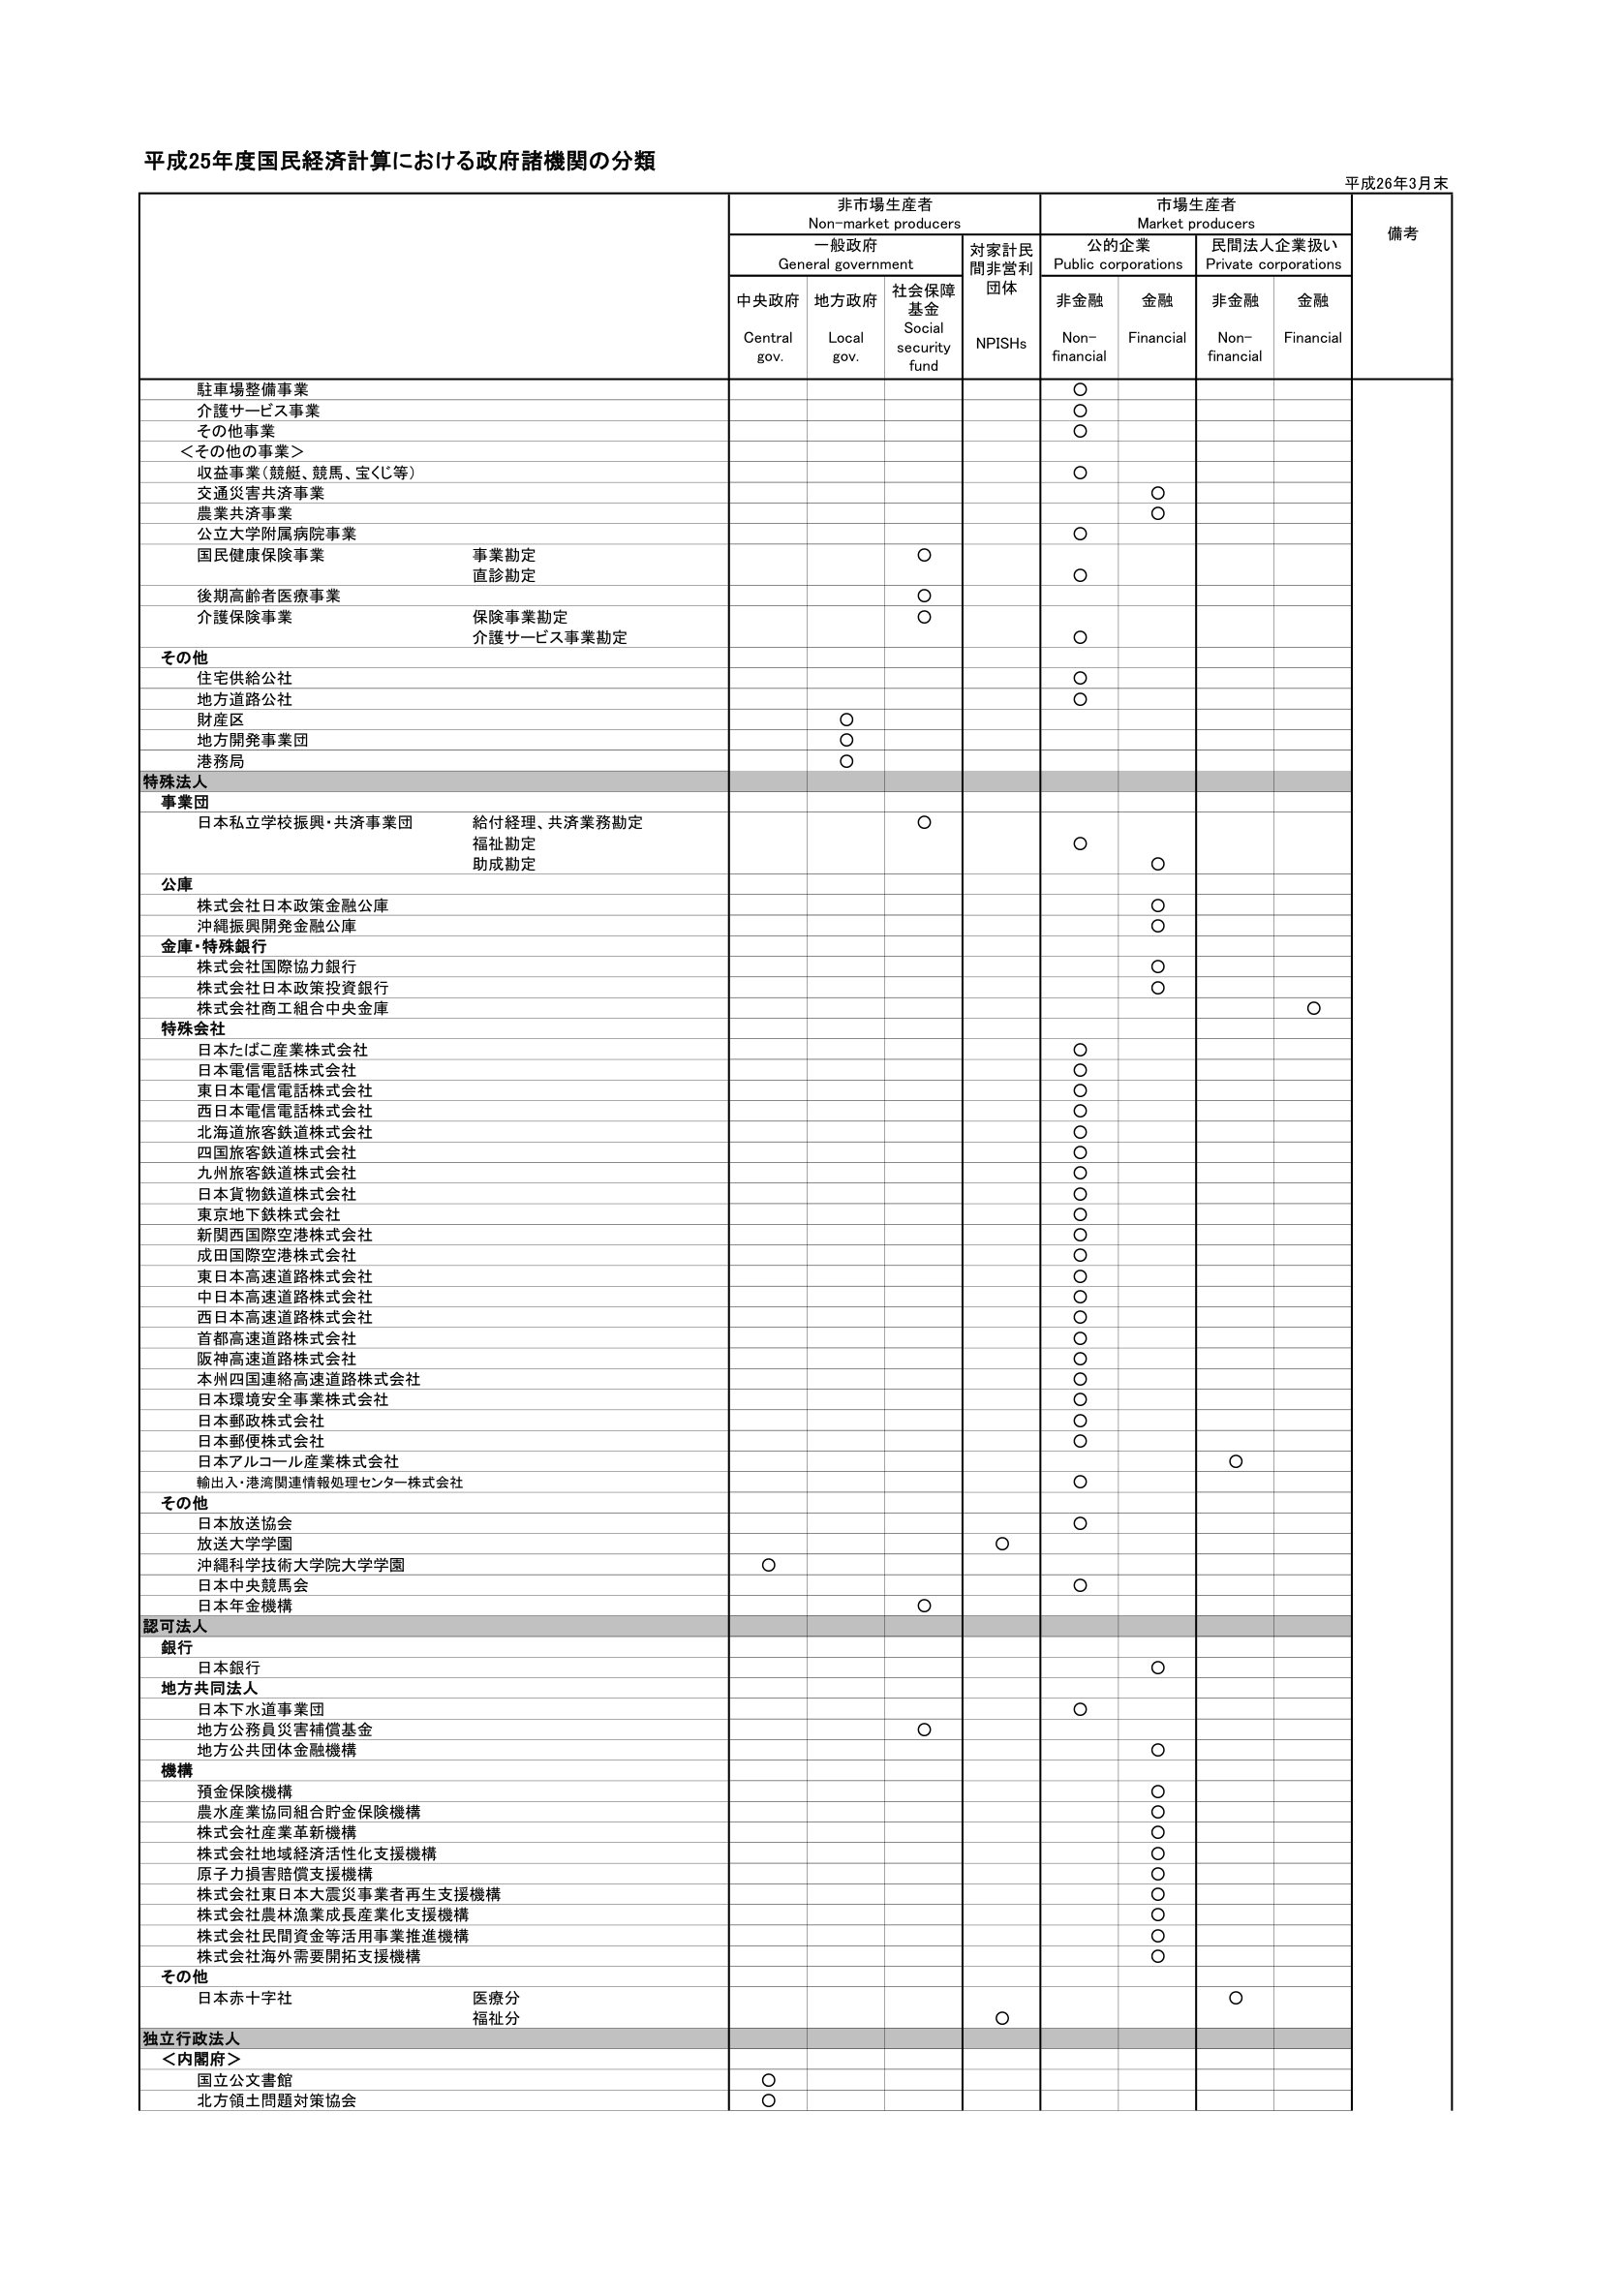
平成25年度国民経済計算における政府諸機関の分類

平成26年3月末

非市場生産者
Non-market producers

市場生産者
Market producers

備考

一般政府
General government

対家計民間非営利団体
NPISHs

公的企業
Public corporations

民間法人企業扱い
Private corporations

中央政府
Central gov.

地方政府
Local gov.

社会保障基金
Social security fund

非金融
Non-financial

金融
Financial

非金融
Non-financial

金融
Financial

駐車場整備事業

○

介護サービス事業

○

その他事業

○

＜その他の事業＞

収益事業（競艇、競馬、宝くじ等）

○

交通災害共済事業

○

農業共済事業

○

公立大学附属病院事業

○

国民健康保険事業
事業勘定
直診勘定

○

○

後期高齢者医療事業

○

介護保険事業
保険事業勘定
介護サービス事業勘定

○

○

その他

住宅供給公社

○

地方道路公社

○

財産区

○

地方開発事業団

○

港務局

○

特殊法人

事業団

日本私立学校振興・共済事業団
給付経理、共済業務勘定
福祉勘定
助成勘定

○

○

○

公庫

株式会社日本政策金融公庫

○

沖縄振興開発金融公庫

○

金庫・特殊銀行

株式会社国際協力銀行

○

株式会社日本政策投資銀行

○

株式会社商工組合中央金庫

○

特殊会社

日本たばこ産業株式会社

○

日本電信電話株式会社

○

東日本電信電話株式会社

○

西日本電信電話株式会社

○

北海道旅客鉄道株式会社

○

四国旅客鉄道株式会社

○

九州旅客鉄道株式会社

○

日本貨物鉄道株式会社

○

東京地下鉄株式会社

○

新関西国際空港株式会社

○

成田国際空港株式会社

○

東日本高速道路株式会社

○

中日本高速道路株式会社

○

西日本高速道路株式会社

○

首都高速道路株式会社

○

阪神高速道路株式会社

○

本州四国連絡高速道路株式会社

○

日本環境安全事業株式会社

○

日本郵政株式会社

○

日本郵便株式会社

○

日本アルコール産業株式会社

○

輸出入・港湾関連情報処理センター株式会社

○

その他

日本放送協会

○

放送大学学園

○

沖縄科学技術大学院大学学園

○

日本中央競馬会

○

日本年金機構

○

認可法人

銀行

日本銀行

○

地方共同法人

日本下水道事業団

○

地方公務員災害補償基金

○

地方公共団体金融機構

○

機構

預金保険機構

○

農水産業協同組合貯金保険機構

○

株式会社産業革新機構

○

株式会社地域経済活性化支援機構

○

原子力損害賠償支援機構

○

株式会社東日本大震災事業者再生支援機構

○

株式会社農林漁業成長産業化支援機構

○

株式会社民間資金等活用事業推進機構

○

株式会社海外需要開拓支援機構

○

その他

日本赤十字社
医療分
福祉分

○

独立行政法人

＜内閣府＞

国立公文書館

○

北方領土問題対策協会

○